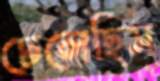
ঢেলেছিস